Civil Veterinary Department. Madras. Admin. report 1926-33 - 1926-1933
Year: 1926
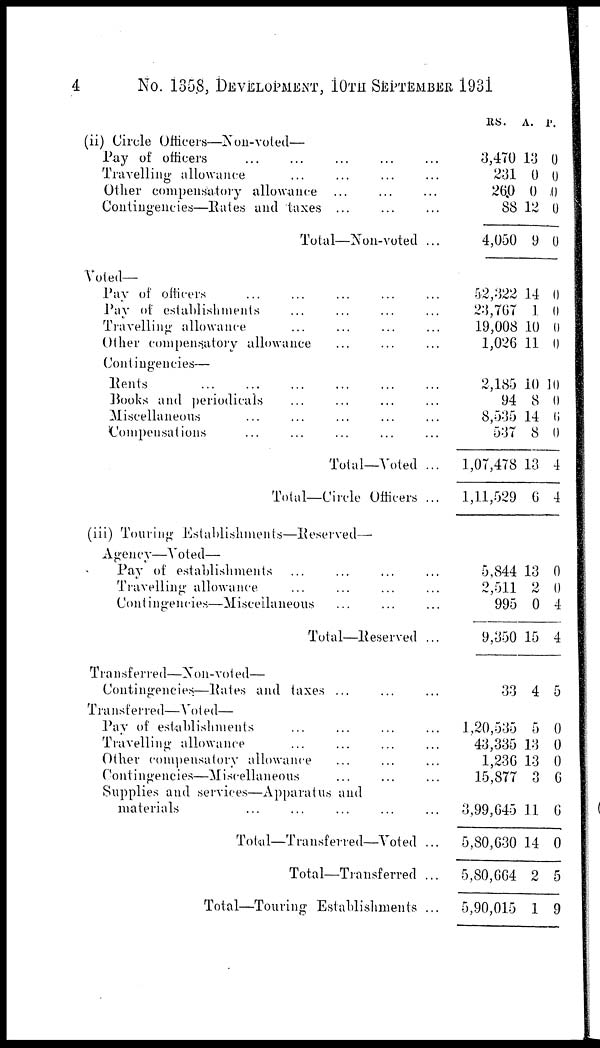
4
No. 1358, DEVELOPMENT, 10TH SEPTEMBER 1931
(ii) Circle Officers—Non-voted—
Pay of officers
...
...
...
...
...
Travelling allowance
...
...
...
...
Other compensatory allowance
...
...
...
Contingencies—Rates and taxes
...
...
...
Total—Non-voted ...
Voted—
Pay of officers ... ... ... ...
Pay of establishments
...
...
...
Travelling allowance
...
...
...
Other compensatory allowance
...
...
...
Contingencies—
Rents
...
...
...
...
...
...
Books and periodicals
...
...
...
...
Miscellaneous ... ... ... ... ...
Compensations
...
...
...
...
Total—Voted ...
Total—Circle Officers ...
(iii) Touring Establishments—Reserved—
Agency—Voted—
Pay of establishments
...
...
...
...
Travelling allowance ... ... ... ...
Contingencies—Miscellaneous
...
...
...
Total—Reserved ...
Transferred—Non-voted—
Contingencies—Rates and taxes
...
...
Transferred—Voted—
Pay of establishments ... ... ...
Travelling allowance
...
...
...
...
Other compensatory allowance ... ...
Contingencies—Miscellaneous
...
...
Supplies and services—Apparatus and
materials
...
...
...
...
...
Total—Transferred—Voted ...
Total—Transferred ...
Total—Touring Establishments ...
RS.
3,470
231
260
88
4,050
52,322
23,767
19,008
1,026
2,185
94
8,535
537
1,07,478
1,11,529
5,844
2,511
995
9,350
33
1,20,535
43,335
1,236
15,877
3,99,645
5,80,630
5,80,664
5,90,015
A.
13
0
0
12
9
14
1
10
11
10
8
14
8
13
6
13
2
0
15
4
5
13
13
3
11
14
2
1
P.
0
0
0
0
0
0
0
0
0
10
0
0
0
4
4
0
0
4
4
5
0
0
0
6
6
0
5
9